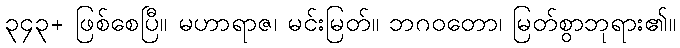
၃၄၃+ ဖြစ်စေပြီ။ မဟာရာဇ၊ မင်းမြတ်။ ဘဂဝတော၊ မြတ်စွာဘုရား၏။